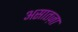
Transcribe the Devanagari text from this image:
असातज़ा